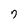
Character: 7